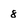
Character: 8